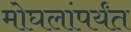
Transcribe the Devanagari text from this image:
मोघलांपर्यंत